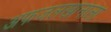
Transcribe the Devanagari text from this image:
अफजलखानाला